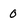
Character: 0